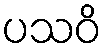
ပသဝိ